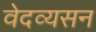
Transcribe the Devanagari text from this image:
वेदव्यसन